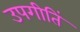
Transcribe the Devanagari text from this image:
उपगीतिं